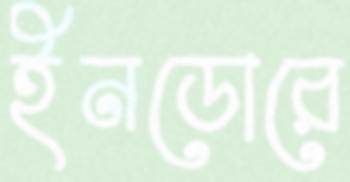
ইনডোরে